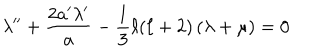
LaTeX: \lambda ^ { \prime \prime } + \frac { 2 a ^ { \prime } \lambda ^ { \prime } } { a } - \frac { 1 } { 3 } \ell ( \ell + 2 ) \left( \lambda + \mu \right) = 0